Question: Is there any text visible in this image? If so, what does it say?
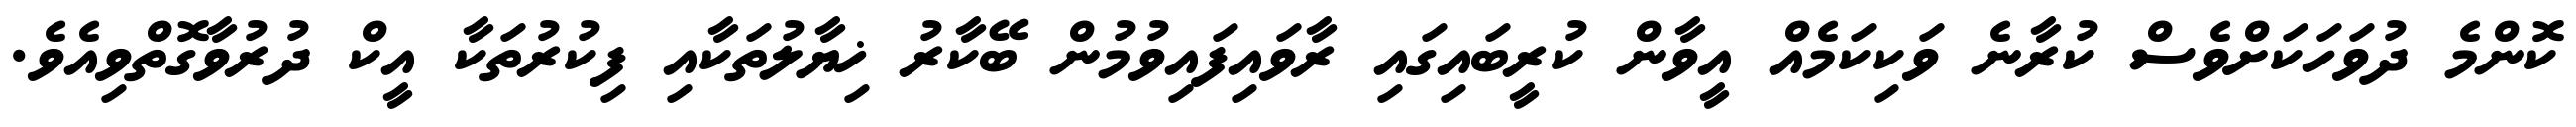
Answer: ކޮންމެ ދުވަހަކަށްވެސް ކުރާނެ ވަކިކަމެއް އީވާން ކުރީބައިގައި ރާވައިފައިވުމުން ބޭކާރު ޚިޔާލުތަކާއި ފިކުރުތަކާ އީކް ދުރުވާގޮތްވިއެވެ.